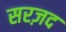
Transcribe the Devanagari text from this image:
सरज़द